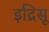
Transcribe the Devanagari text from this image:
इद्रिसू